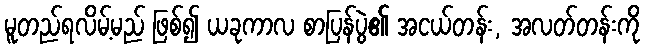
မူတည်ရလိမ့်မည် ဖြစ်၍ ယခုကာလ စာပြန်ပွဲ၏ အငယ်တန်း, အလတ်တန်းကို